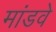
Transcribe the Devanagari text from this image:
मांडवे